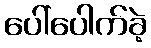
ပေါ်ပေါက်ခဲ့